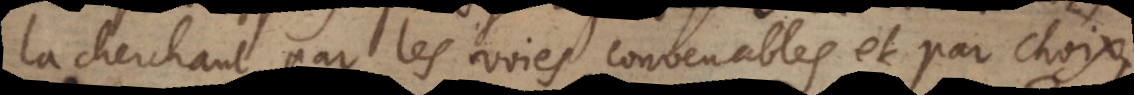
la cherchant par les voies convenables, et par choix,